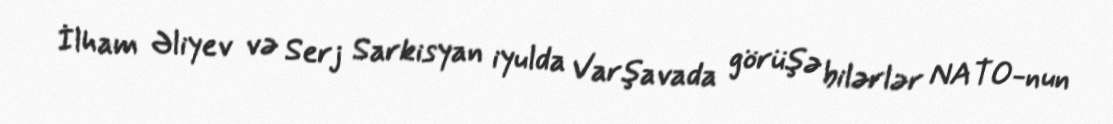
İlham Əliyev və Serj Sarkisyan iyulda Varşavada görüşə bilərlər NATO-nun